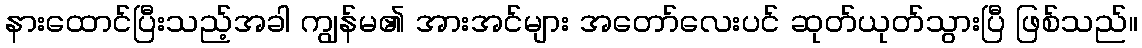
နားထောင်ပြီးသည့်အခါ ကျွန်မ၏ အားအင်များ အတော်လေးပင် ဆုတ်ယုတ်သွားပြီ ဖြစ်သည်။